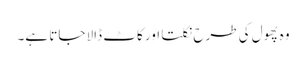
وہ پھول کی طرح نکلتا اور کاٹ ڈالا جاتا ہے۔